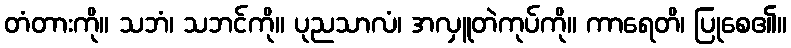
တံတားကို။ သဘံ၊ သဘင်ကို။ ပုညသာလံ၊ အလှူတဲကုပ်ကို။ ကာရေတိ၊ ပြုစေ၏။